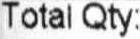
TOTAL QTY: